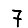
Digit: 7